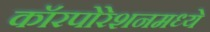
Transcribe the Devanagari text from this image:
कॉरपोरेशनमध्ये